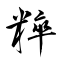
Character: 粹